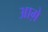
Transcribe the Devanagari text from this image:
आग़े